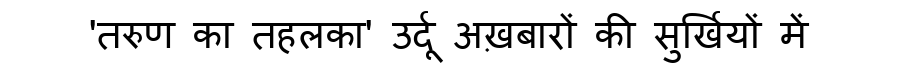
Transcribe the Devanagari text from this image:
'तरुण का तहलका' उर्दू अख़बारों की सुर्खियों में